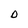
Character: D